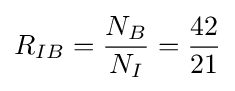
R_{IB}={\frac {N_{B}}{N_{I}}}={\frac {42}{21}}